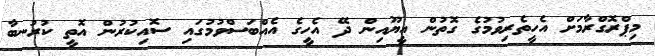
މިޕްރޮގްރާމަށް އެހީތެރިވުމުގެ ގޮތުން އީޔޫއިން ދޭ އެހީގެ އެއްބަސްވުމުގައި ސޮއިކުރުން އޮތީ ކުރުނބާ